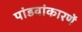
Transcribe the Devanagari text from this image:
पांडवांकारणें